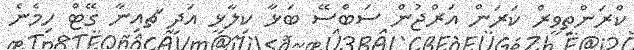
ކްރަންތިވީރް ކަރަން އަރްޖުން ސަބްސޭ ބަޅާ ކިލާޅީ އަދި ަޗއިނާ ގޭޓް ހިމެނެ